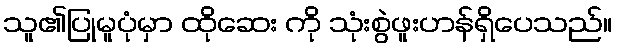
သူ၏ပြုမူပုံမှာ ထိုဆေး ကို သုံးစွဲဖူးဟန်ရှိပေသည်။